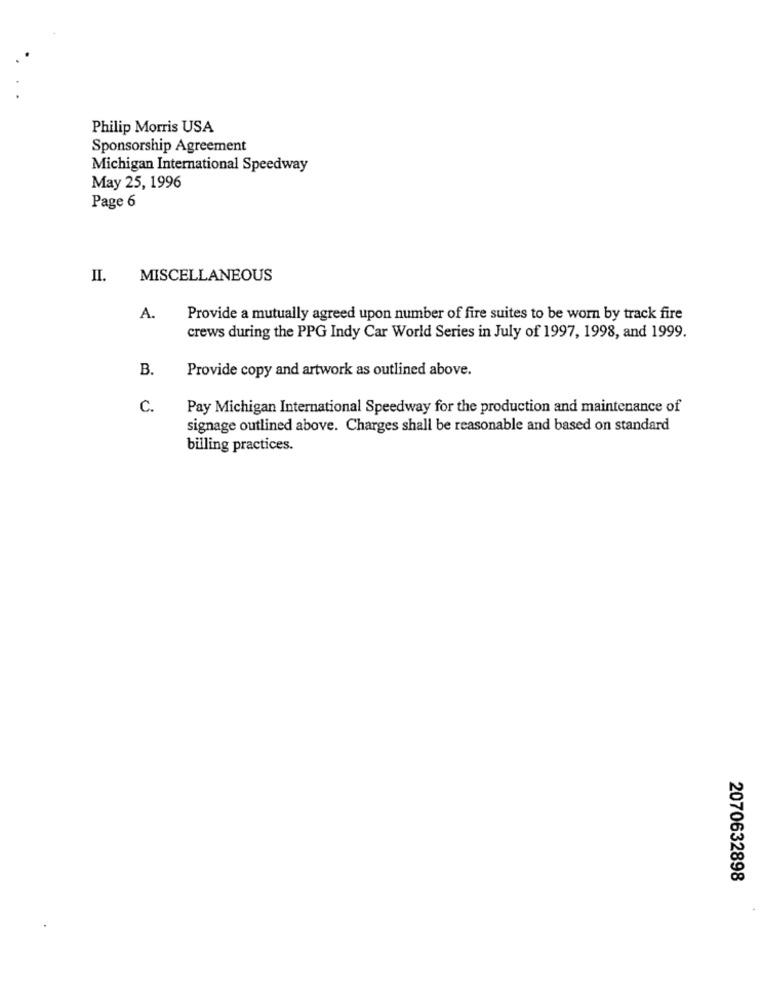
Philip Morris USA
Sponsorship Agreement
Michigan International Speedway
May 25, 1996
Page 6
II.
MISCELLANEOUS
A.
Provide a mutually agreed upon number of fire suites to be worn by track fire
crews during the PPG Indy Car World Series in July of 1997, 1998, and 1999.
B.
Provide copy and artwork as outlined above.
C.
Pay Michigan International Speedway for the production and maintenance of
signage outlined above. Charges shall be reasonable and based on standard
billing practices.
2070632898